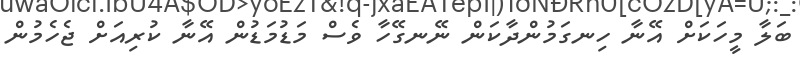
ބަލާ މީހަކަށް އޭނާ ހިނގަމުންދާކަން ނޭނގޭހާ ވެސް މަޑުމަޑުން އޭނާ ކުރިއަށް ޖެހެމުން